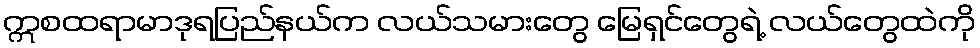
ဣစထရာမာဒုရပြည်နယ်က လယ်သမားတွေ မြေရှင်တွေရဲ့ လယ်တွေထဲကို